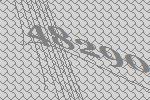
48290